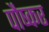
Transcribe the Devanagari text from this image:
पौष्कर